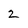
Character: 2